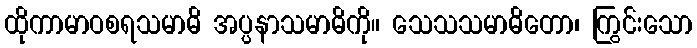
ထိုကာမာဝစရသမာဓိ အပ္ပနာသမာဓိကို။ သေသသမာဓိတော၊ ကြွင်းသော